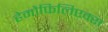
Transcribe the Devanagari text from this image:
हेमोफिलिएक्स